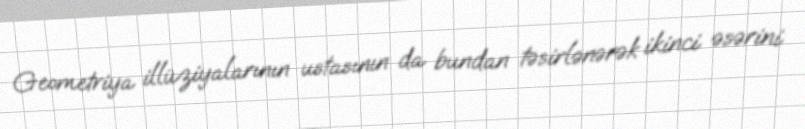
Geometriya illüziyalarının ustasının da bundan təsirlənərək ikinci əsərini